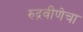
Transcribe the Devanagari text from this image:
रुद्रवीणेचा